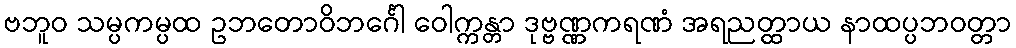
ဗဘူဝ သမ္ပကမ္ပထ ဥဘတောဝိဘင်္ဂေါ ဝေါက္ကန္တာ ဒုဗ္ဗဏ္ဏကရဏံ အရညတ္ထာယ နာထပ္ပဘဝတ္တာ